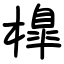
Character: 橰